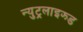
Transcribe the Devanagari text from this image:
न्युट्रलाइझ्ड